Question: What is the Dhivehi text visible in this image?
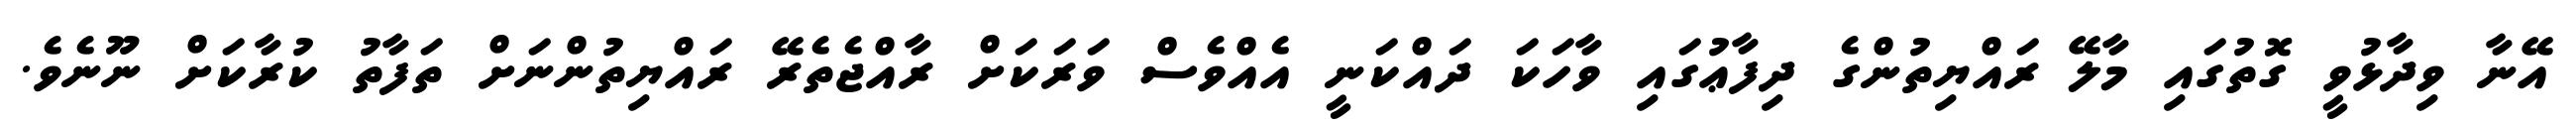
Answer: އޭނާ ވިދާޅުވީ ގޮތުގައި މާލޭ ރައްޔިތުންގެ ދިފާޢުގައި ވާހަކަ ދައްކަނީ އެއްވެސް ވަރަކަށް ރާއްޖެތެރޭ ރައްޔިތުންނަށް ތަފާތު ކުރާކަށް ނޫނެވެ.